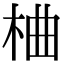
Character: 𪲇